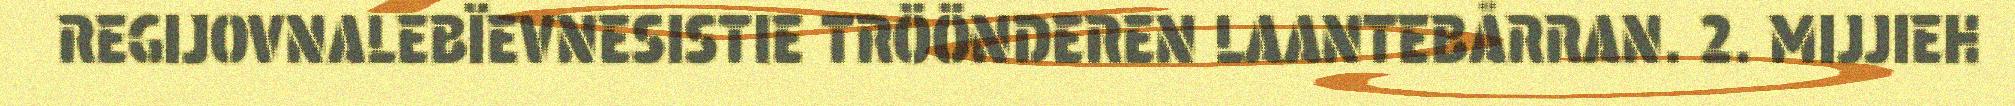
REGIJOVNALEBÏEVNESISTIE TRÖÖNDEREN LAANTEBÅRRAN. 2. MIJJIEH